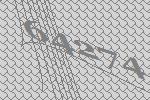
64274